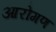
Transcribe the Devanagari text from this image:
आरोगण